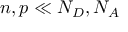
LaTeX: n , p \ll N _ { D } , N _ { A }